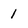
Character: 1